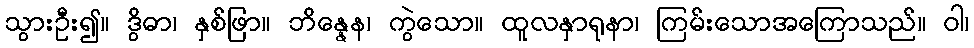
သွားဦး၍။ ဒွိဓာ၊ နှစ်ဖြာ။ ဘိန္နေန၊ ကွဲသော။ ထူလနှာရုနာ၊ ကြမ်းသောအကြောသည်။ ဝါ၊